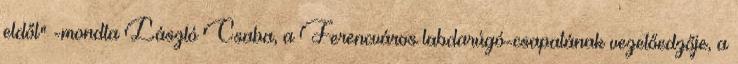
eldől" -mondta László Csaba, a Ferencváros labdarúgó-csapatának vezetőedzője, a